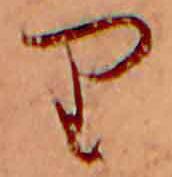
り